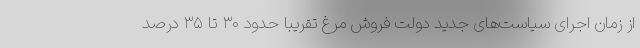
از زمان اجرای سیاست‌های جدید دولت فروش مرغ تقریبا حدود ۳۰ تا ۳۵ درصد